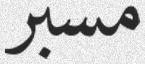
مسبر